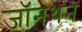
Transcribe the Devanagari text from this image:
जॉनथन